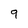
Character: 9